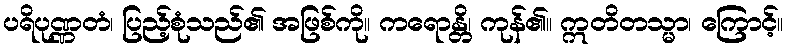
ပရိပုဏ္ဏတံ၊ ပြည့်စုံသည်၏ အဖြစ်ကို။ ကရောန္တိ၊ ကုန်၏။ ဣတိတသ္မာ၊ ကြောင့်။